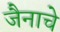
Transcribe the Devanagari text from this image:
जैनाचे